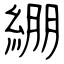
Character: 綳